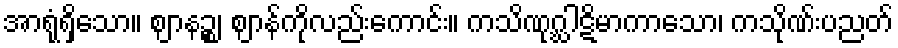
အာရုံရှိသော။ ဈာနဉ္စ၊ ဈာန်ကိုလည်းကောင်း။ ကသိဏုဂ္ဃါဋိမာကာသော၊ ကသိုဏ်းပညတ်